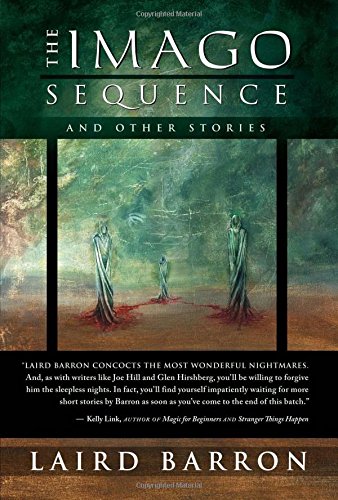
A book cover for The Imago Sequence and Other Stories; Laird Barron; Science Fiction & Fantasy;